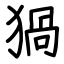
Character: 猧